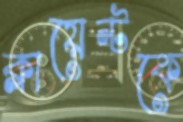
ক্লায়েন্টকে